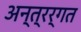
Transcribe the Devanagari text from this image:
अन्त्रर्गत